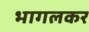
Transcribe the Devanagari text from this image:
भागलकर